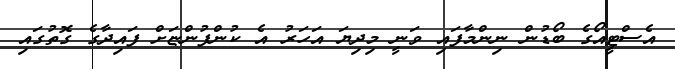
އެސްޓީއޯގެ ބޯޑުން ނިންމާފައި ވަނީ މިދިޔަ އަހަރު އެ ކުންފުންޏަށް ފައިދާގެ ގޮތުގައި